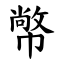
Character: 幤